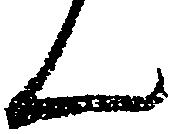
ん